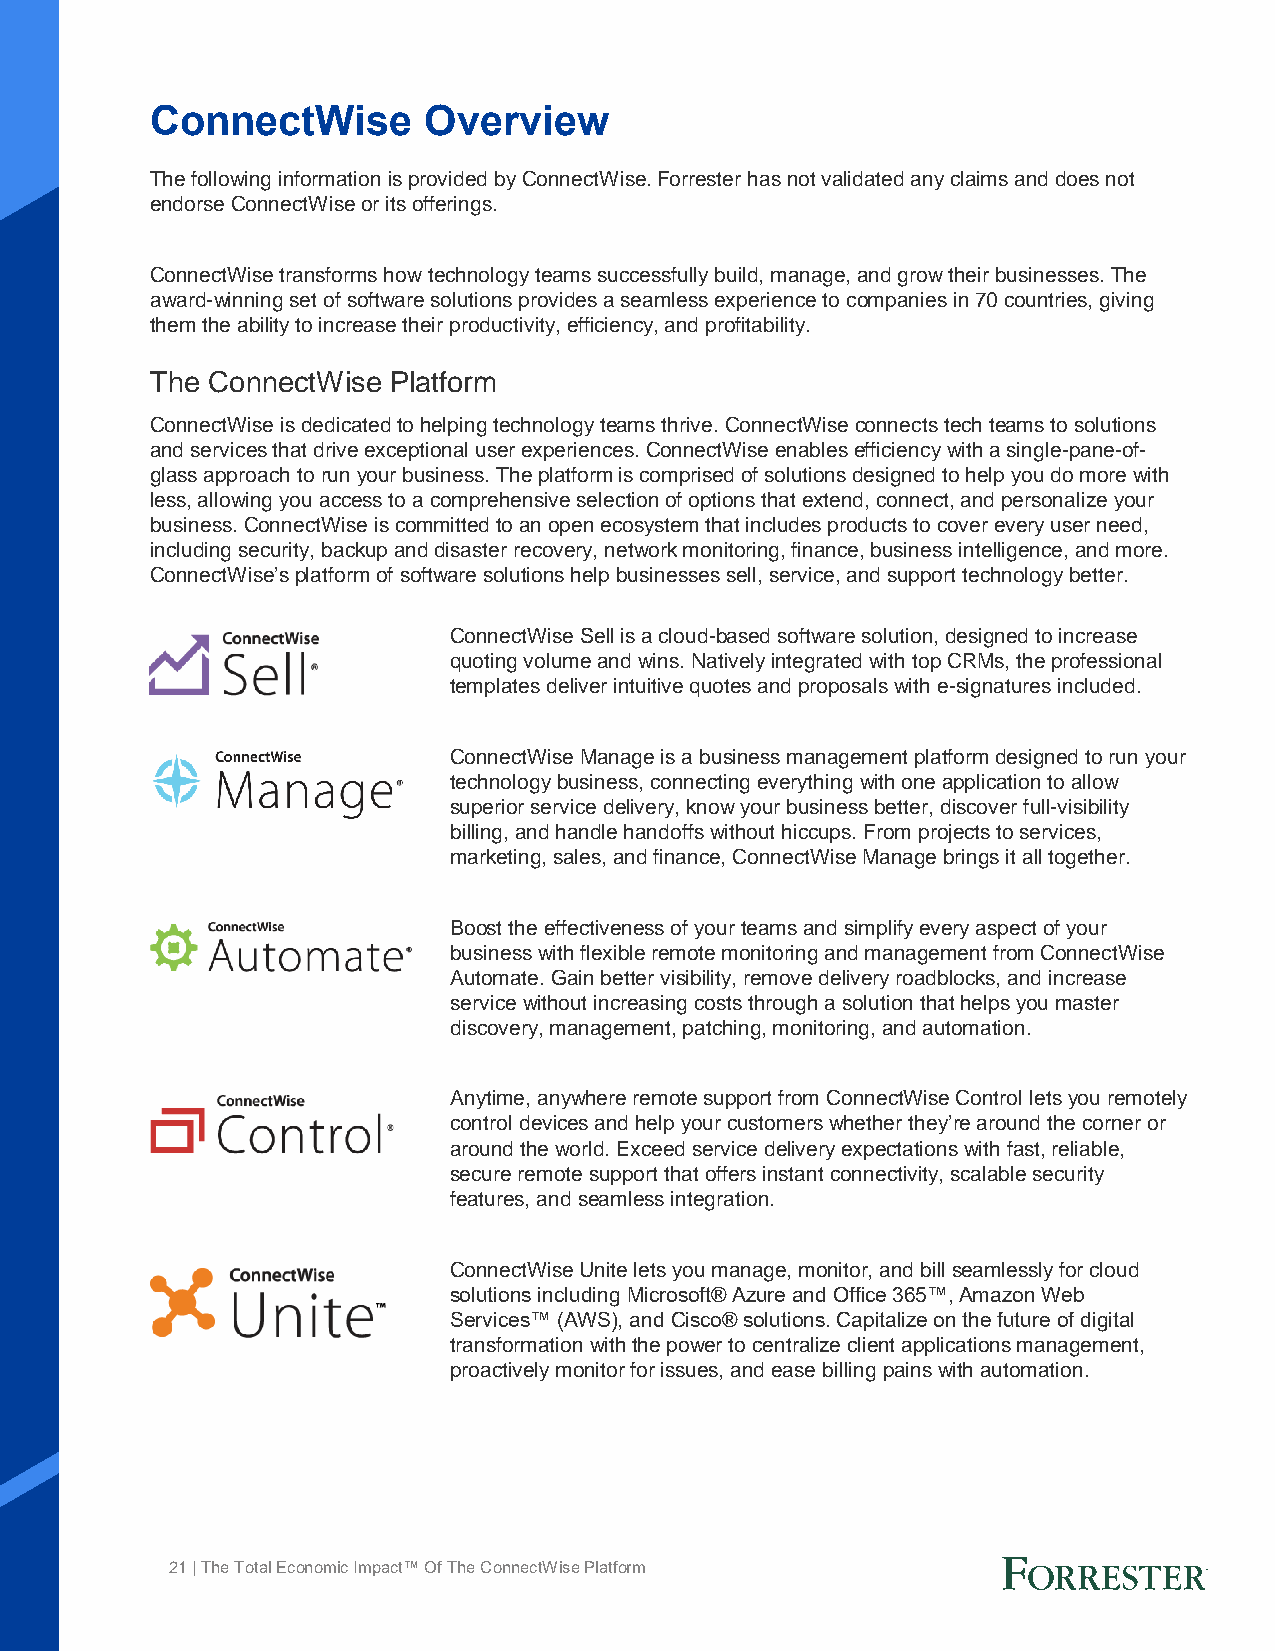
ConnectWise       Overview
 The following information is provided by ConnectWise. Forrester has not validated any claims and does not
 endorse ConnectWise or its offerings.
 ConnectWise transforms how technology teams successfully build, manage, and grow their businesses. The
 award-winning set of software solutions provides a seamless experience to companies in 70 countries, giving
 them the ability to increase their productivity, efficiency, and profitability.
 The ConnectWise Platform
 ConnectWise is dedicated to helping technology teams thrive. ConnectWise connects tech teams to solutions
 and services that drive exceptional user experiences. ConnectWise enables efficiency with a single-pane-of-
 glass approach to run your business. The platform is comprised of solutions designed to help you do more with
 less, allowing you access to a comprehensive selection of options that extend, connect, and personalize your
 business. ConnectWise is committed to an open ecosystem that includes products to cover every user need,
 including security, backup and disaster recovery, network monitoring, finance, business intelligence, and more.
 ConnectWise’s platform of software solutions help businesses sell, service, and support technology better.
 ConnectWise Sell is a cloud-based software solution, designed to increase
 quoting volume and wins. Natively integrated with top CRMs, the professional
 templates deliver intuitive quotes and proposals with e-signatures included.
 ConnectWise Manage is a business management platform designed to run your
 technology business, connecting everything with one application to allow
 superior service delivery, know your business better, discover full-visibility
 billing, and handle handoffs without hiccups. From projects to services,
 marketing, sales, and finance, ConnectWise Manage brings it all together.
 Boost the effectiveness of your teams and simplify every aspect of your
 business with flexible remote monitoring and management from ConnectWise
 Automate. Gain better visibility, remove delivery roadblocks, and increase
 service without increasing costs through a solution that helps you master
 discovery, management, patching, monitoring, and automation.
 Anytime, anywhere remote support from ConnectWise Control lets you remotely
 control devices and help your customers whether they’re around the corner or
 around the world. Exceed service delivery expectations with fast, reliable,
 secure remote support that offers instant connectivity, scalable security
 features, and seamless integration.
 ConnectWise Unite lets you manage, monitor, and bill seamlessly for cloud
 solutions including Microsoft® Azure and Office 365™, Amazon Web
 Services™ (AWS), and Cisco® solutions. Capitalize on the future of digital
 transformation with the power to centralize client applications management,
 proactively monitor for issues, and ease billing pains with automation.
 21 | The Total Economic Impact™ Of The ConnectWise Platform